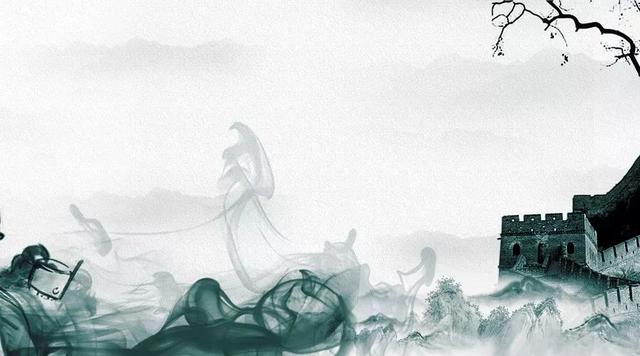
难相见，易相别，又是玉楼花似雪。